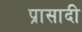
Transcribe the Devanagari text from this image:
प्रासादी